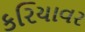
કરિયાવર